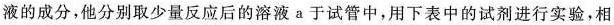
液的成分，他分别取少量反应后的溶液a于试管中，用下表中的试剂进行实验，相